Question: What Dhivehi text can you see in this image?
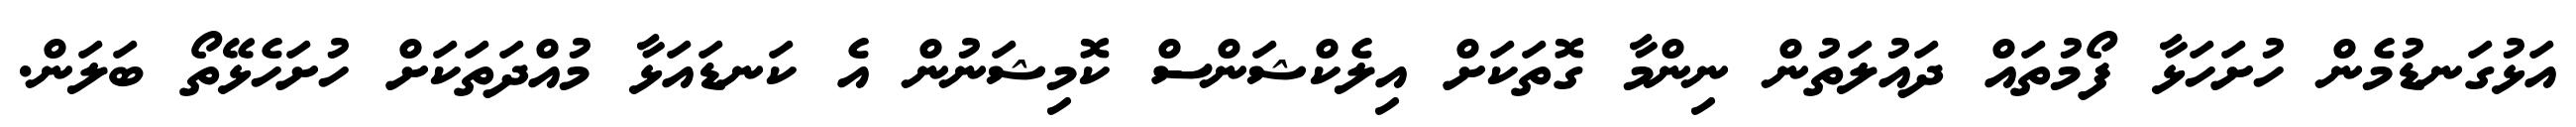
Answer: އަޅުގަނޑުމެން ހުށަހަޅާ ފޯމުތައް ދައުލަތުން ނިންމާ ގޮތަކަށް އިލެކްޝަންސް ކޮމިޝަނުން އެ ކަނޑައަޅާ މުއްދަތަކަށް ހުށަހެޅޭތޯ ބަލަން.